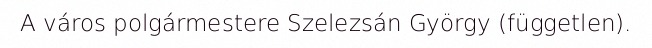
A város polgármestere Szelezsán György (független).